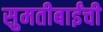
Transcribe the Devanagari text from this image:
सुमतीबाईंची